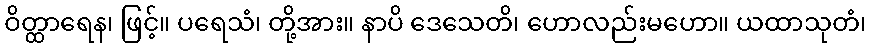
ဝိတ္ထာရေန၊ ဖြင့်။ ပရေသံ၊ တို့အား။ နာပိ ဒေသေတိ၊ ဟောလည်းမဟော။ ယထာသုတံ၊